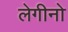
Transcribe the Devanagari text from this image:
लेगीनो